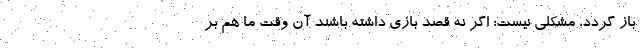
باز گردد، مشکلی نیست؛ اگر نه قصد بازی داشته باشند آن وقت ما هم بر